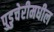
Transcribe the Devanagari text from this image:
पुडुचेरीमधील